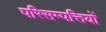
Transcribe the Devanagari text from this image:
परिसम्‍पत्तियों